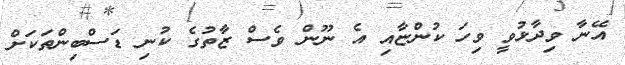
އޭނާ ވިދާޅުވީ ވިހަ ކުންޏާއި އެ ނޫން ވެސް ޒާތުގެ ކުނި ޑަސްބިންތަކަށް